Insane asylums in Bengal annual reports 1876-1887 - 1876-1887
Year: 1876
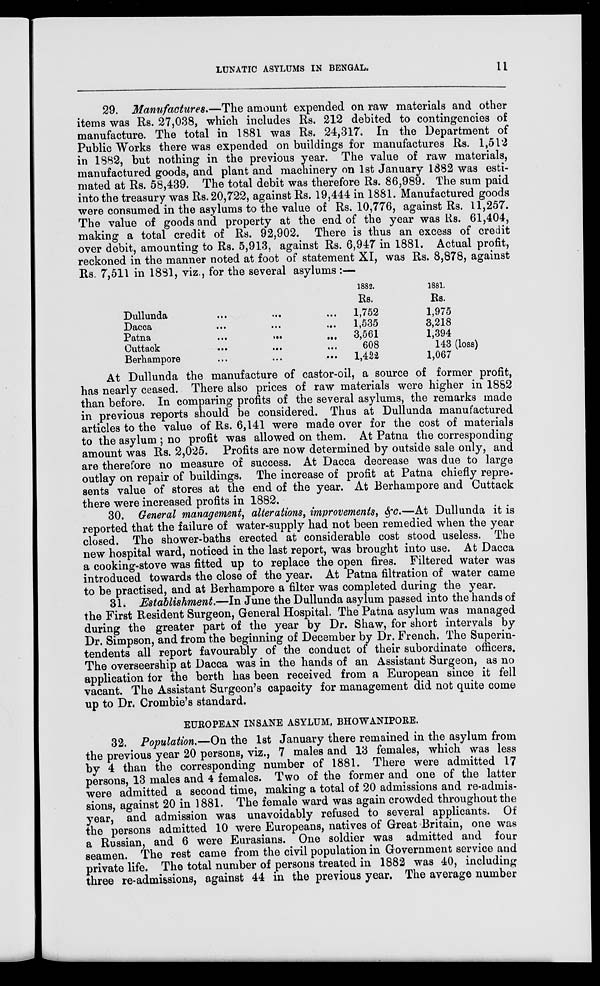
LUNATIC ASYLUMS IN BENGAL.
11
29. Manufactures.—The amount expended on raw materials and other
items was Rs. 27,038, which includes Rs. 212 debited to contingencies of
manufacture. The total in 1881 was Rs. 24,317. In the Department of
Public Works there was expended on buildings for manufactures Rs. 1,512
in 1882, but nothing in the previous year. The value of raw materials,
manufactured goods, and plant and machinery on 1st January 1882 was esti-
mated at Rs. 58,439. The total debit was therefore Rs. 86,989. The sum paid
into the treasury was Rs. 20,722, against Rs. 19,444 in 1881. Manufactured goods
were consumed in the asylums to the value of Rs. 10,776, against Rs. 11,257.
The value of goods and property at the end of the year was Rs. 61,404,
making a total credit of Rs. 92,902. There is thus an excess of credit
over debit, amounting to Rs. 5,913, against Rs. 6,947 in 1881. Actual profit,
reckoned in the manner noted at foot of statement XI, was Rs. 8,878, against
Rs. 7,511 in 1881, viz., for the several asylums :—
Dullunda
...
...
...
Dacca
...
...
...
Patna
...
... ...
Cuttack
...
...
...
Berhampore
...
...
...
1882.
Rs.
1,752
1,535
3,561
608
1,422
1881.
Rs.
1,975
3,218
1,394
143 (loss)
1,067
At Dullunda the manufacture of castor-oil, a source of former profit,
has nearly ceased. There also prices of raw materials were higher in 1882
than before. In comparing profits of the several asylums, the remarks made
in previous reports should be considered. Thus at Dullunda manufactured
articles to the value of Rs. 6,141 were made over for the cost of materials
to the asylum ; no profit was allowed on them. At Patna the corresponding
amount was Rs. 2,025. Profits are now determined by outside sale only, and
are therefore no measure of success. At Dacca decrease was due to large
outlay on repair of buildings. The increase of profit at Patna chiefly repre-
sents value of stores at the end of the year. At Berhampore and Cuttack
there were increased profits in 1882.
30. General management, alterations, improvements, &c.—At Dullunda it is
reported that the failure of water-supply had not been remedied when the year
closed. The shower-baths erected at considerable cost stood useless. The
new hospital ward, noticed in the last report, was brought into use. At Dacca
a cooking-stove was fitted up to replace the open fires. Filtered water was
introduced towards the close of the year. At Patna filtration of water came
to be practised, and at Berhampore a filter was completed during the year.
31. Establishment.—In June the Dullunda asylum passed into the hands of
the First Resident Surgeon, General Hospital. The Patna asylum was managed
during the greater part of the year by Dr. Shaw, for short intervals by
Dr. Simpson, and from the beginning of December by Dr. French. The Superin-
tendents all report favourably of the conduct of their subordinate officers.
The overseership at Dacca was in the hands of an Assistant Surgeon, as no
application for the berth has been received from a European since it fell
vacant. The Assistant Surgeon's capacity for management did not quite come
up to Dr. Crombie's standard.
EUROPEAN INSANE ASYLUM, BHOWANIPORE.
32. Population.—On the 1st January there remained in the asylum from
the previous year 20 persons, viz., 7 males and 13 females, which was less
by 4 than the corresponding number of 1881. There were admitted 17
persons, 13 males and 4 females. Two of the former and one of the latter
were admitted a second time, making a total of 20 admissions and re-admis-
sions, against 20 in 1881. The female ward was again crowded throughout the
year, and admission was unavoidably refused to several applicants. Of
the persons admitted 10 were Europeans, natives of Great Britain, one was
a Russian, and 6 were Eurasians. One soldier was admitted and four
seamen. The rest came from the civil population in Government service and
private life. The total number of persons treated in 1882 was 40, including
three re-admissions, against 44 in the previous year. The average number